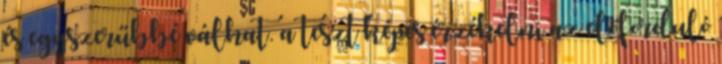
és egyszerűbbé válhat. a teszt képes érzékelni az előforduló